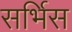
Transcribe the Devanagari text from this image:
सर्भिस